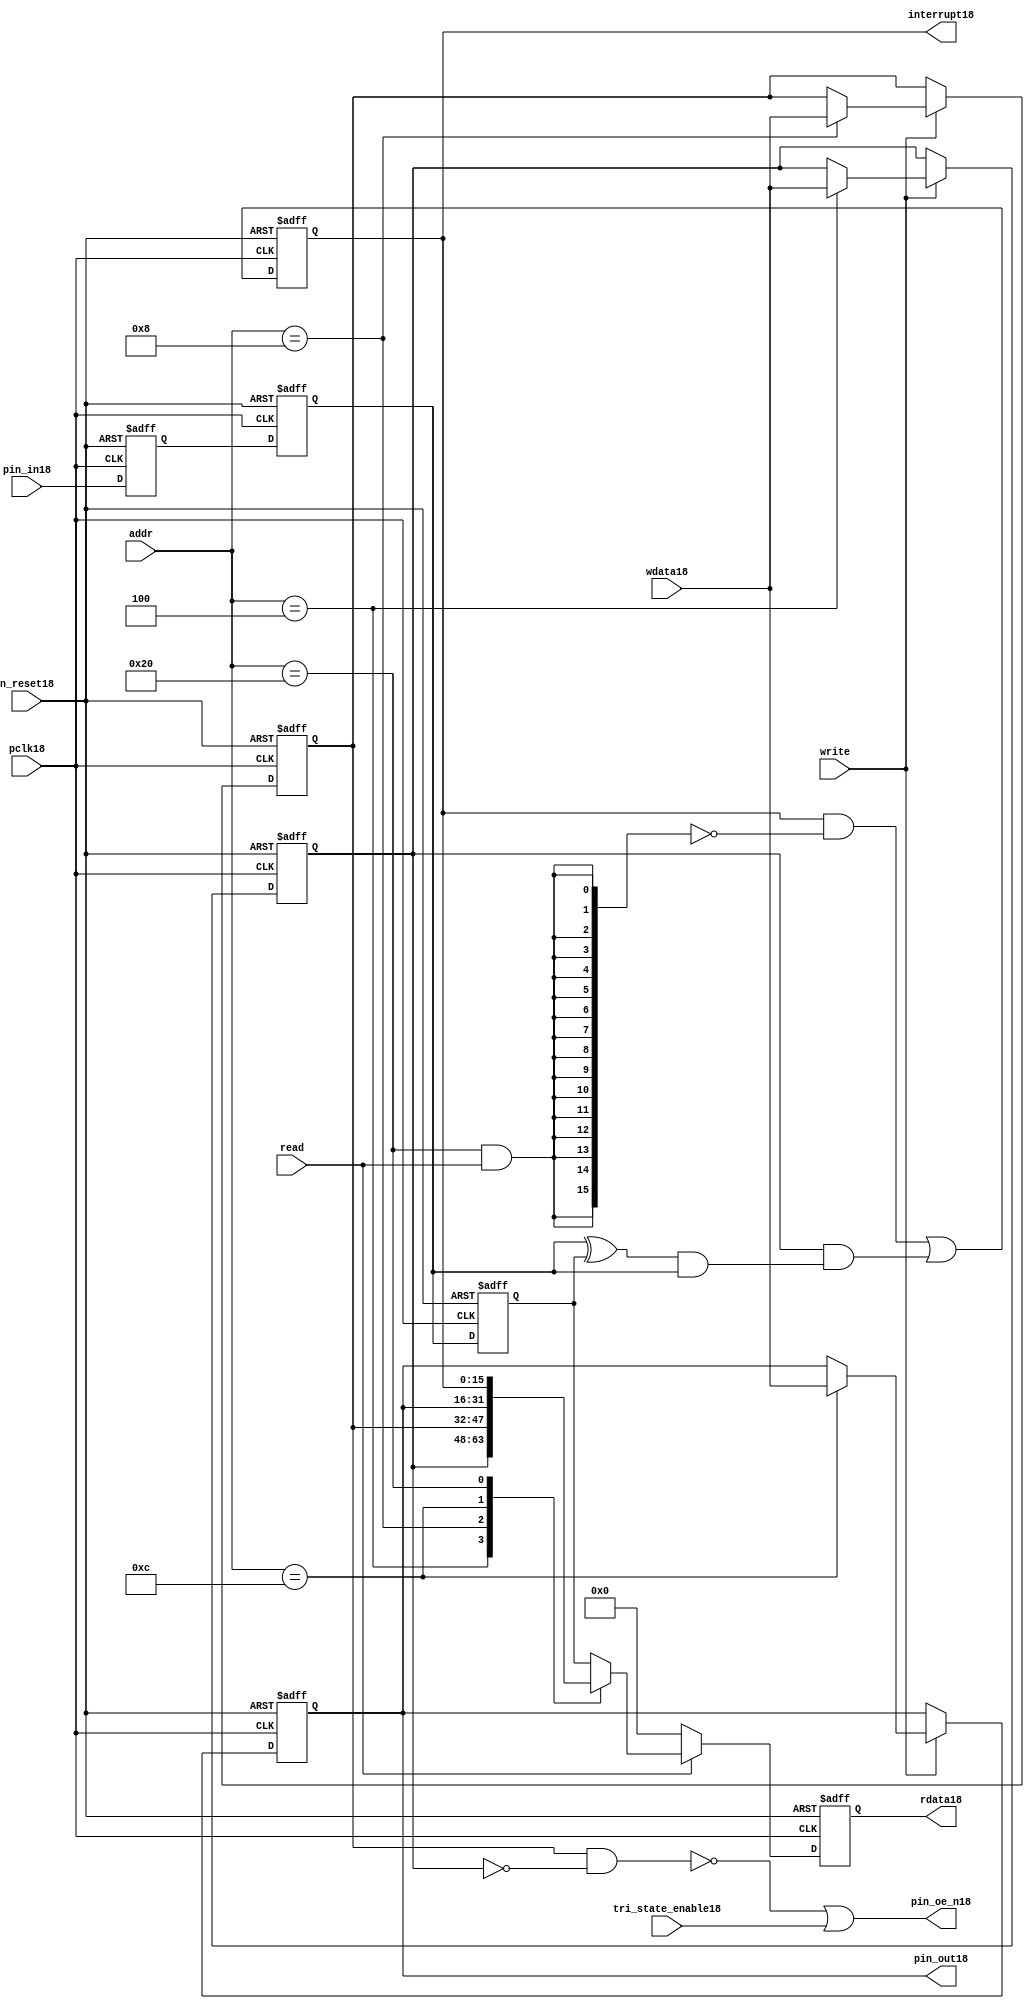
//File18 name   : gpio_lite_subunit18.v
//Title18       : 
//Created18     : 1999
//Description18 : Parametrised18 GPIO18 pin18 circuits18
//Notes18       : 
//----------------------------------------------------------------------
//   Copyright18 1999-2010 Cadence18 Design18 Systems18, Inc18.
//   All Rights18 Reserved18 Worldwide18
//
//   Licensed18 under the Apache18 License18, Version18 2.0 (the
//   "License18"); you may not use this file except18 in
//   compliance18 with the License18.  You may obtain18 a copy of
//   the License18 at
//
//       http18://www18.apache18.org18/licenses18/LICENSE18-2.0
//
//   Unless18 required18 by applicable18 law18 or agreed18 to in
//   writing, software18 distributed18 under the License18 is
//   distributed18 on an "AS18 IS18" BASIS18, WITHOUT18 WARRANTIES18 OR18
//   CONDITIONS18 OF18 ANY18 KIND18, either18 express18 or implied18.  See
//   the License18 for the specific18 language18 governing18
//   permissions18 and limitations18 under the License18.
//----------------------------------------------------------------------


module gpio_lite_subunit18(
  //Inputs18

  n_reset18,
  pclk18,

  read,
  write,
  addr,

  wdata18,
  pin_in18,

  tri_state_enable18,

  //Outputs18
 
  interrupt18,

  rdata18,
  pin_oe_n18,
  pin_out18

);
 
   // Inputs18
   
   // Clocks18   
   input n_reset18;            // asynch18 reset, active low18
   input pclk18;               // Ppclk18

   // Controls18
   input read;               // select18 GPIO18 read
   input write;              // select18 GPIO18 write
   input [5:0] 
         addr;               // address bus of selected master18

   // Dataflow18
   input [15:0]
         wdata18;              // GPIO18 Input18
   input [15:0]
         pin_in18;             // input data from pin18

   //Design18 for Test18 Inputs18
   input [15:0]
         tri_state_enable18;   // disables18 op enable -> Z18




   
   // Outputs18
   
   // Controls18
   output [15:0]
          interrupt18;         // interupt18 for input pin18 change

   // Dataflow18
   output [15:0]
          rdata18;             // GPIO18 Output18
   output [15:0]
          pin_oe_n18;          // output enable signal18 to pin18
   output [15:0]
          pin_out18;           // output signal18 to pin18
   



   
   // Registers18 in module

   //Define18 Physical18 registers in amba_unit18
   reg    [15:0]
          direction_mode18;     // 1=Input18 0=Output18              RW
   reg    [15:0]
          output_enable18;      // Output18 active                 RW
   reg    [15:0]
          output_value18;       // Value outputed18 from reg       RW
   reg    [15:0]
          input_value18;        // Value input from bus          R
   reg    [15:0]
          int_status18;         // Interrupt18 status              R

   // registers to remove metastability18
   reg    [15:0]
          s_synch18;            //stage_two18
   reg    [15:0]
          s_synch_two18;        //stage_one18 - to ext pin18
   
   
    
          
   // Registers18 for outputs18
   reg    [15:0]
          rdata18;              // prdata18 reg
   wire   [15:0]
          pin_oe_n18;           // gpio18 output enable
   wire   [15:0]
          pin_out18;            // gpio18 output value
   wire   [15:0]
          interrupt18;          // gpio18 interrupt18
   wire   [15:0]
          interrupt_trigger18;  // 1 sets18 interrupt18 status
   reg    [15:0]
          status_clear18;       // 1 clears18 interrupt18 status
   wire   [15:0]
          int_event18;          // 1 detects18 an interrupt18 event

   integer ia18;                // loop variable
   


   // address decodes18
   wire   ad_direction_mode18;  // 1=Input18 0=Output18              RW
   wire   ad_output_enable18;   // Output18 active                 RW
   wire   ad_output_value18;    // Value outputed18 from reg       RW
   wire   ad_int_status18;      // Interrupt18 status              R
   
//Register addresses18
//If18 modifying18 the APB18 address (PADDR18) width change the following18 bit widths18
parameter GPR_DIRECTION_MODE18   = 6'h04;       // set pin18 to either18 I18 or O18
parameter GPR_OUTPUT_ENABLE18    = 6'h08;       // contains18 oe18 control18 value
parameter GPR_OUTPUT_VALUE18     = 6'h0C;       // output value to be driven18
parameter GPR_INPUT_VALUE18      = 6'h10;       // gpio18 input value reg
parameter GPR_INT_STATUS18       = 6'h20;       // Interrupt18 status register

//Reset18 Values18
//If18 modifying18 the GPIO18 width change the following18 bit widths18
//parameter GPRV_RSRVD18            = 32'h0000_0000; // Reserved18
parameter GPRV_DIRECTION_MODE18  = 32'h00000000; // Default to output mode
parameter GPRV_OUTPUT_ENABLE18   = 32'h00000000; // Default 3 stated18 outs18
parameter GPRV_OUTPUT_VALUE18    = 32'h00000000; // Default to be driven18
parameter GPRV_INPUT_VALUE18     = 32'h00000000; // Read defaults18 to zero
parameter GPRV_INT_STATUS18      = 32'h00000000; // Int18 status cleared18



   //assign ad_bypass_mode18    = ( addr == GPR_BYPASS_MODE18 );   
   assign ad_direction_mode18 = ( addr == GPR_DIRECTION_MODE18 );   
   assign ad_output_enable18  = ( addr == GPR_OUTPUT_ENABLE18 );   
   assign ad_output_value18   = ( addr == GPR_OUTPUT_VALUE18 );   
   assign ad_int_status18     = ( addr == GPR_INT_STATUS18 );   

   // assignments18
   
   assign interrupt18         = ( int_status18);

   assign interrupt_trigger18 = ( direction_mode18 & int_event18 ); 

   assign int_event18 = ((s_synch18 ^ input_value18) & ((s_synch18)));

   always @( ad_int_status18 or read )
   begin : p_status_clear18

     for ( ia18 = 0; ia18 < 16; ia18 = ia18 + 1 )
     begin

       status_clear18[ia18] = ( ad_int_status18 & read );

     end // for ia18

   end // p_status_clear18

   // p_write_register18 : clocked18 / asynchronous18
   //
   // this section18 contains18 all the code18 to write registers

   always @(posedge pclk18 or negedge n_reset18)
   begin : p_write_register18

      if (~n_reset18)
      
       begin
         direction_mode18  <= GPRV_DIRECTION_MODE18;
         output_enable18   <= GPRV_OUTPUT_ENABLE18;
         output_value18    <= GPRV_OUTPUT_VALUE18;
       end
      
      else 
      
       begin
      
         if (write == 1'b1) // Write value to registers
      
          begin
              
            // Write Mode18
         
            if ( ad_direction_mode18 ) 
               direction_mode18 <= wdata18;
 
            if ( ad_output_enable18 ) 
               output_enable18  <= wdata18;
     
            if ( ad_output_value18 )
               output_value18   <= wdata18;

              

           end // if write
         
       end // else: ~if(~n_reset18)
      
   end // block: p_write_register18



   // p_metastable18 : clocked18 / asynchronous18 
   //
   // This18 process  acts18 to remove  metastability18 propagation
   // Only18 for input to GPIO18
   // In Bypass18 mode pin_in18 passes18 straight18 through

   always @(posedge pclk18 or negedge n_reset18)
      
   begin : p_metastable18
      
      if (~n_reset18)
        begin
         
         s_synch18       <= {16 {1'b0}};
         s_synch_two18   <= {16 {1'b0}};
         input_value18   <= GPRV_INPUT_VALUE18;
         
        end // if (~n_reset18)
      
      else         
        begin
         
         input_value18   <= s_synch18;
         s_synch18       <= s_synch_two18;
         s_synch_two18   <= pin_in18;

        end // else: ~if(~n_reset18)
      
   end // block: p_metastable18


   // p_interrupt18 : clocked18 / asynchronous18 
   //
   // These18 lines18 set and clear the interrupt18 status

   always @(posedge pclk18 or negedge n_reset18)
   begin : p_interrupt18
      
      if (~n_reset18)
         int_status18      <= GPRV_INT_STATUS18;
      
      else 
         int_status18      <= ( int_status18 & ~(status_clear18) // read & clear
                            ) |
                            interrupt_trigger18;             // new interrupt18
        
   end // block: p_interrupt18
   
   
   // p_read_register18  : clocked18 / asynchronous18 
   //
   // this process registers the output values

   always @(posedge pclk18 or negedge n_reset18)

      begin : p_read_register18
         
         if (~n_reset18)
         
           begin

            rdata18 <= {16 {1'b0}};

           end
           
         else //if not reset
         
           begin
         
            if (read == 1'b1)
            
              begin
            
               case (addr)
            
                  
                  GPR_DIRECTION_MODE18:
                     rdata18 <= direction_mode18;
                  
                  GPR_OUTPUT_ENABLE18:
                     rdata18 <= output_enable18;
                  
                  GPR_OUTPUT_VALUE18:
                     rdata18 <= output_value18;
                  
                  GPR_INT_STATUS18:
                     rdata18 <= int_status18;
                  
                  default: // if GPR_INPUT_VALUE18 or unmapped reg addr
                     rdata18 <= input_value18;
            
               endcase
            
              end //end if read
            
            else //in not read
            
              begin // if not a valid read access, keep18 '0'-s 
              
               rdata18 <= {16 {1'b0}};
              
              end //end if not read
              
           end //end else if not reset

      end // p_read_register18


   assign pin_out18 = 
        ( output_value18 ) ;
     
   assign pin_oe_n18 = 
      ( ( ~(output_enable18 & ~(direction_mode18)) ) |
        tri_state_enable18 ) ;

                
  
endmodule // gpio_subunit18